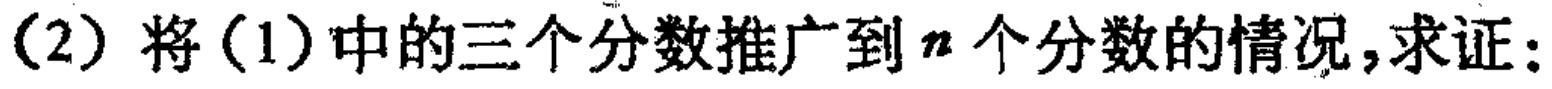
(2) 将(1)中的三个分数推广到\(n\)个分数的情况，求证：